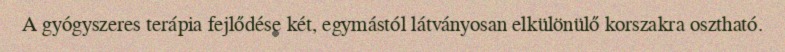
A gyógyszeres terápia fejlődése két, egymástól látványosan elkülönülő korszakra osztható.